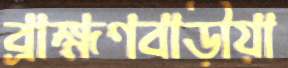
ব্রাহ্মণবাড়ীয়া